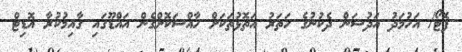
ފޮޓޯ/ އަހުމަދު އަދުޝަން ދެކުނުގެ ހަތަރު އަތޮޅުތަކަށް ހާއްސަކޮށްގެން އައްޑޫގައި ގާއިމުކުރާ އޮޑިޓް